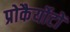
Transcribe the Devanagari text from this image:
प्रोकैर्योटों